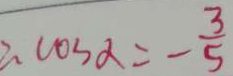
\angle \cos \alpha = - \frac { 3 } { 5 }